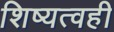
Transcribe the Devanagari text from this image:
शिष्यत्वही